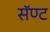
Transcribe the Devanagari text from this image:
सॅण्ट